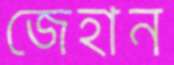
জেহান